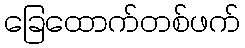
ခြေထောက်တစ်ဖက်